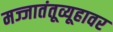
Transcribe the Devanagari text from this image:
मज्जातंतूव्यूहावर